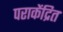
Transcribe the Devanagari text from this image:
पराकेंद्रित